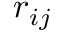
\boldsymbol { r } _ { i j }